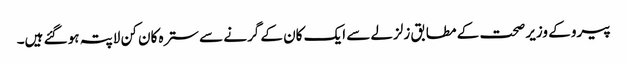
پیرو کے وزیر صحت کے مطابق زلزلے سے ایک کان کے گرنے سے سترہ کان کن لاپتہ ہو گئے ہیں۔